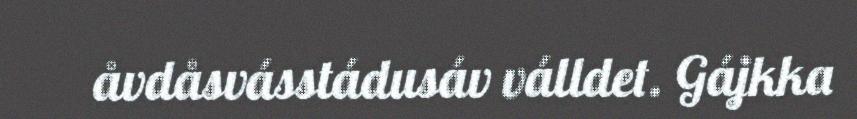
åvdåsvásstádusáv válldet. Gájkka